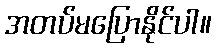
အတပ်မပြောနိုင်ပါ။